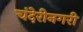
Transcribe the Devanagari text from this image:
चंदेरीनगरी